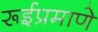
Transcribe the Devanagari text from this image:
रूईप्रमाणे